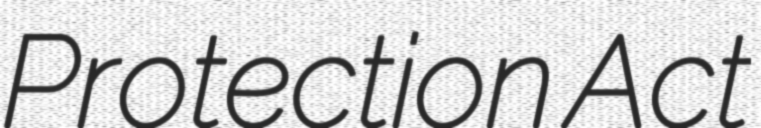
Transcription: Protection Act